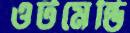
ওটমেন্ডি